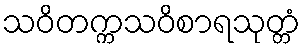
သဝိတက္ကသဝိစာရသုတ္တံ